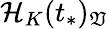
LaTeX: \mathcal{H}_{K}(t_{*})_{\mathfrak{V}}